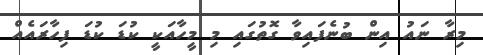
މިރާ ނައު އިން ބުނެފައިވާ ގޮތުގައި މި މީހާއަކީ ކުޑަ ކުޑަ ފިހާރައެއް